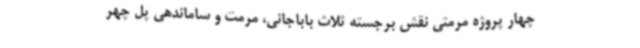
چهار پروژه مرمتی نقش برجسته ثلاث باباجانی، مرمت و ساماندهی پل چهر